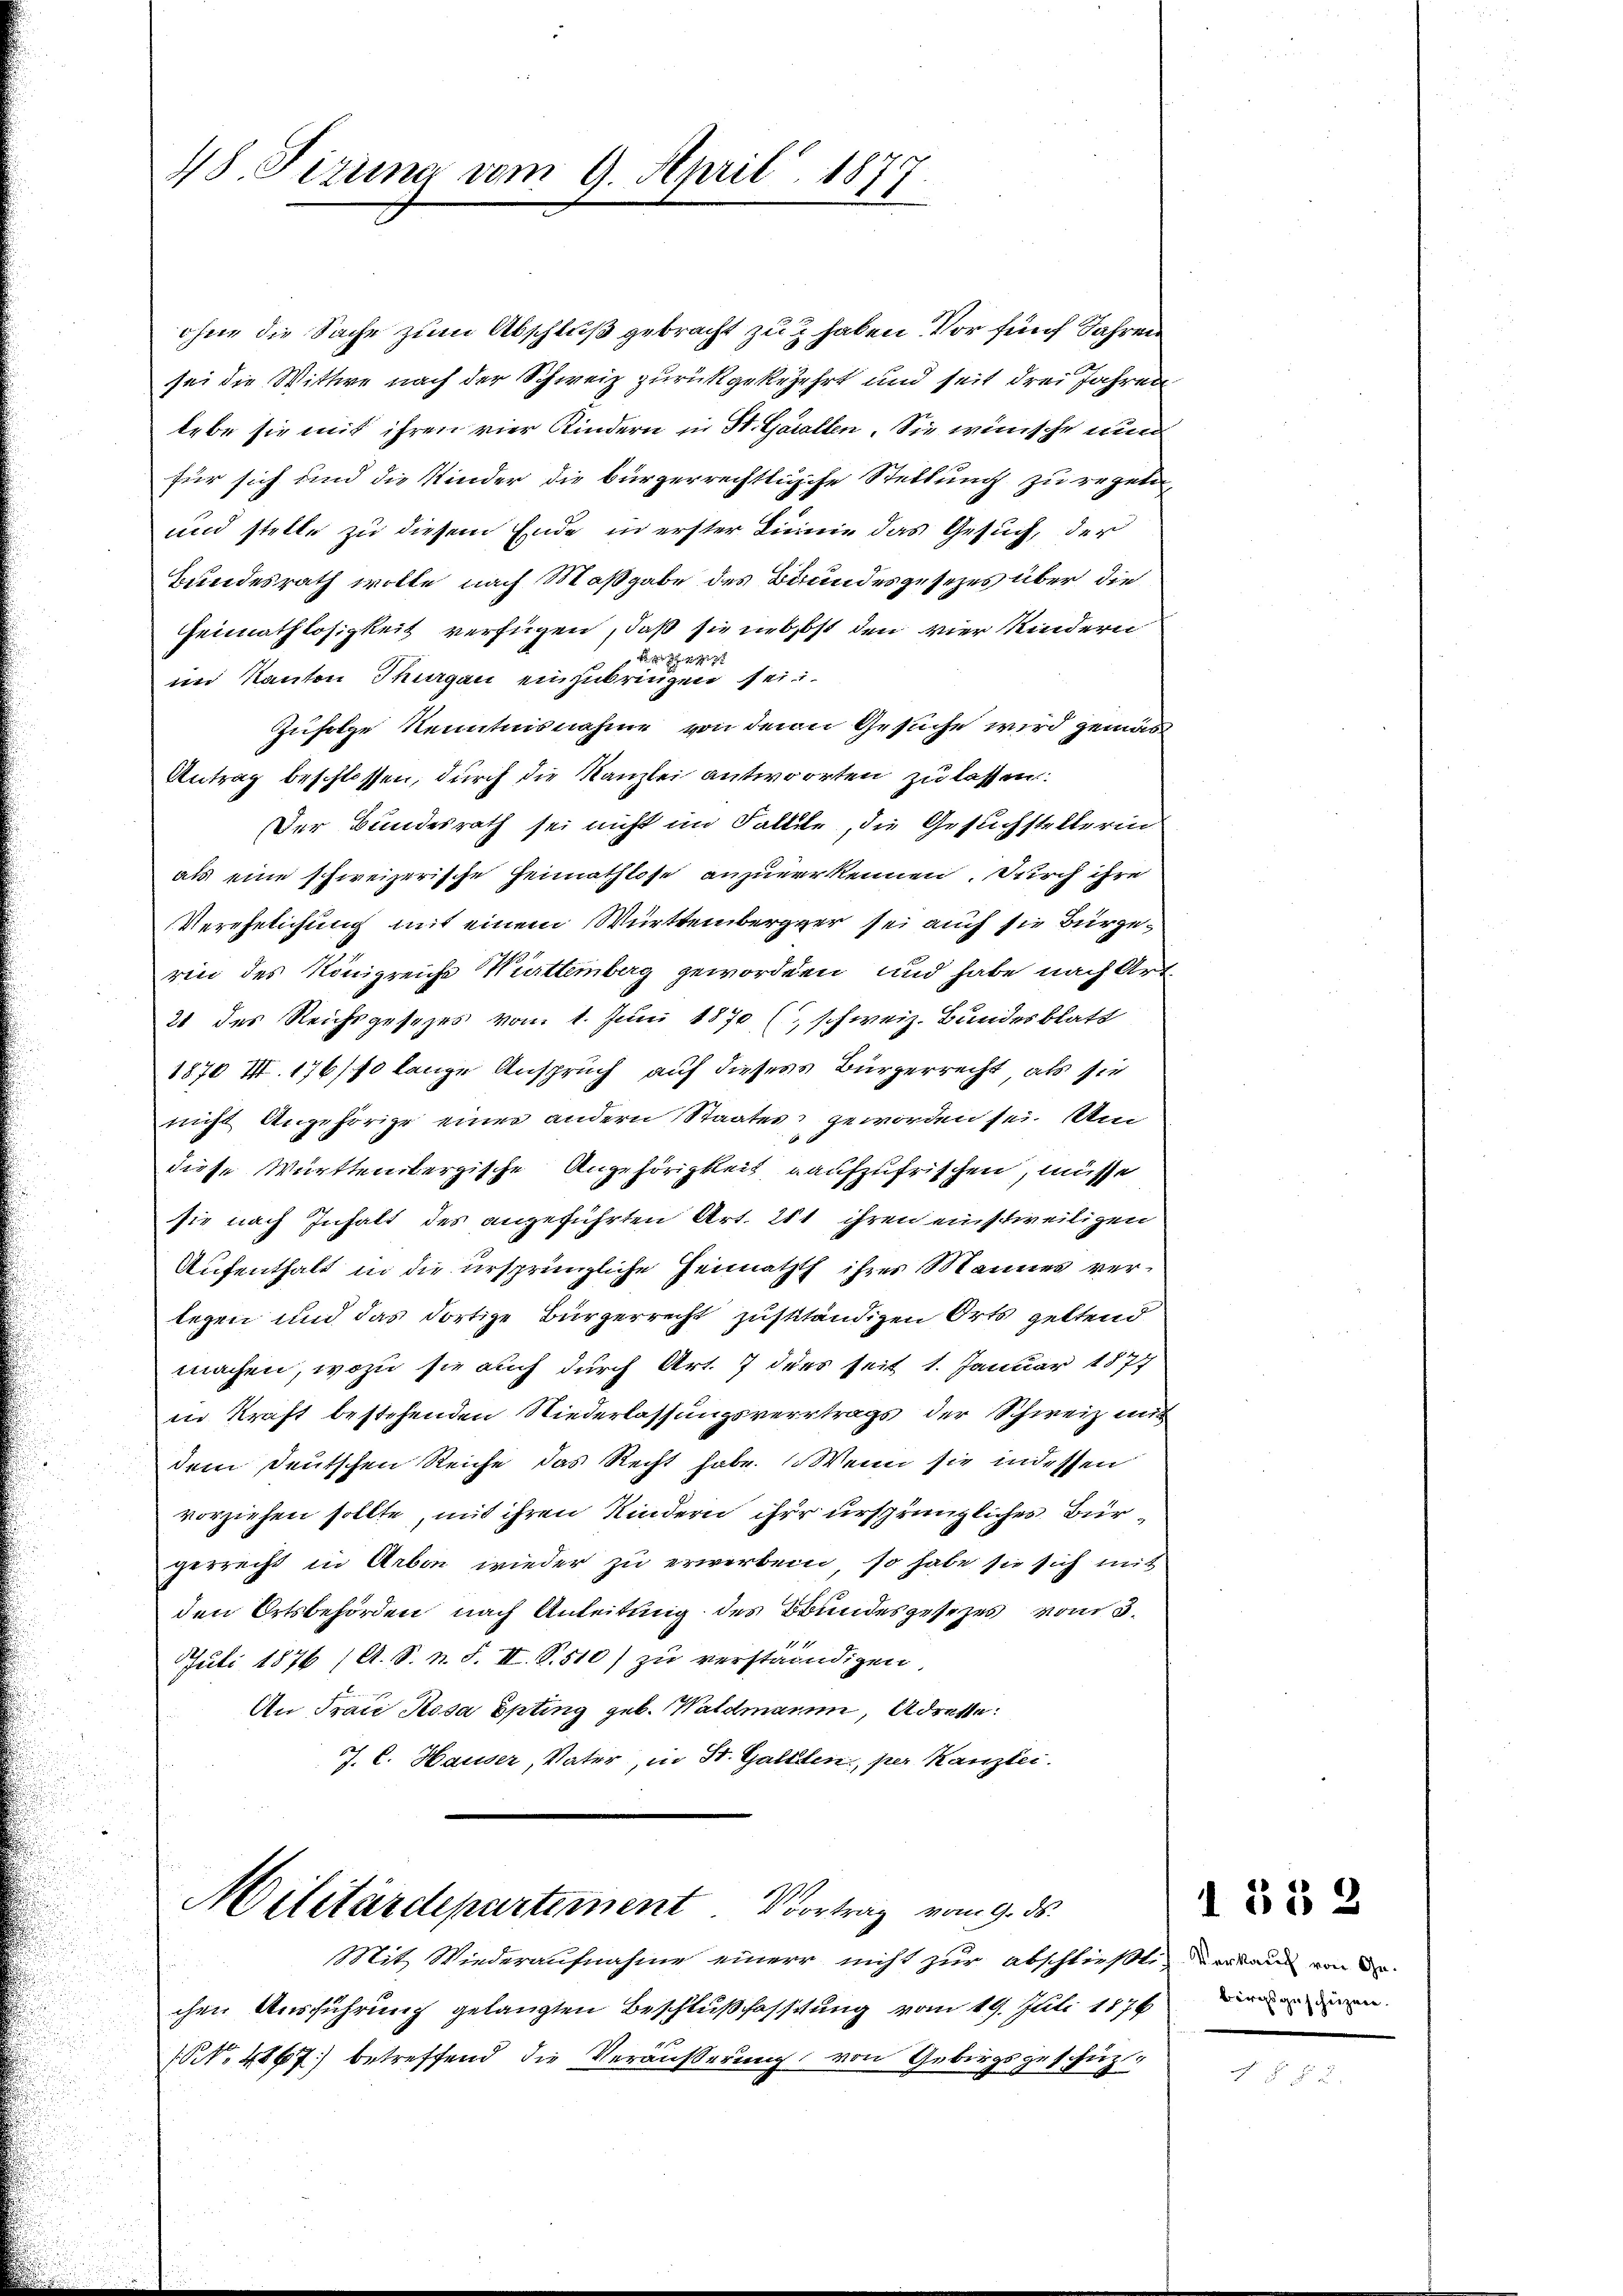
ohne die Sache zum Abschluß gebracht zu & haben Vor fünf Jahren
sei die Wittwe nach der Schweiz zurückgekezehrt und seit drei Jahren
lebe sie mit ihren vier Kindern in St. Garallen. Sie wünsche nun
für sich und die Kinder die Bürgerrechtliche Stellung zu repeti
und stelle zu diesem Ende in erster Linie das Gesuch, der
Bundesrath wolle, nach Maßgabe des Brundesgesezes über die
Heimathlosigkeit verfügen, daß sie nebst den vier Kindern

f
im Kanton Thurgau einzubringen sei
Zufolge Kenntnisnahme von demn Gesuche wird gemäs
Antrag beschlossen, durch die Kanzlei antworten zu lassen:
Der Bundesrath sei nicht im Fallele, die Gesuchstellerin
als eine schweizerische Heimathlose anzuerkennen. Durch ihre
Verehelichung mit einem Württembergger sei auch sie Bürgerin des Königreiche Württemberg geworden, und habe nach Art
21 des Reichsgesezes vom 1. Juni 1870 ( schweiz. Bundesblatt
1870 III. 176/10 lange Anspruch auf dieses Bürgerrecht, als sie
nicht Angehörige einer andern Staates geworden sei. Um
diese Württenbergische Angehörigkeit aufzufrischen, müsse
sie nach Inhalt des angeführten Art. 251 ihren einstweiligen
Aufenthalt in die ursprüngliche Heimathth ihres Mannes verlegen und das dortige Bürgerrecht zusttändigen Orts geltend
machen, wozu sie auch durch Art. 7 ders seit 1. Januar 1877
in Kraft bestehenden Niederlassungsvertrags der Schweiz mi
dem deutschen Reiche das Recht habe. Wenn sie indessen
vorziehen sollte, mit ihren Kindern ihre ursprüngliches Bürgerrecht in Arbon wieder zu erwerben, so habe sie sich mit
den Ortsbehörden nach Anleitung des Bundesgesezes vom 3.
Juli 1876 (A. S. n. F. II. S. 510) zu verständigen.
An Frau Rosa Epting geb. Waldmanni, Adresse:
J. C. Hauser, Vater, in St. Gallen, per Kanzlei.

48. Fizung vom 9. April 1877

Militärdepartement Vortrag vom 9. ds.

Mit Wiederaufnahme einer nicht zur Abschließt, verland von der
chen Ausführung gelangten Beschlußfassung vom 19. Juli 1876 en
NNo. 4867 betreffend die Veräußerung von Gebirgsgeschüz¬

1 §§ 2